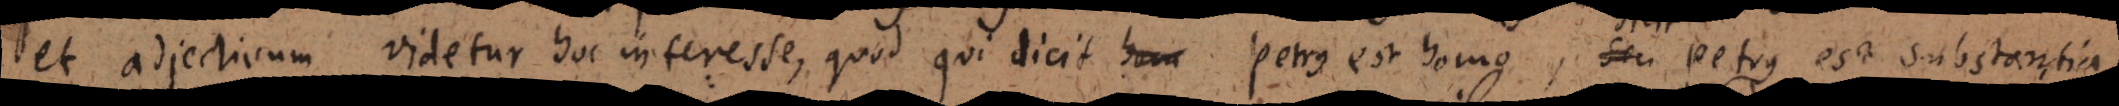
et adjectivum videtur hoc interesse, quod qui dicit hom Petrus est homo, dicit Petrus est substantia